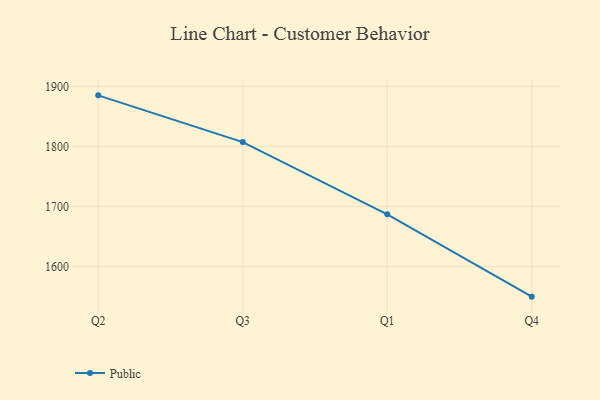
{"axis": {"x": "Quarter", "y": "Tickets Resolved"}, "legend": ["Public"], "data": [{"x": "Q2", "y": 1885.0, "type": "Public"}, {"x": "Q3", "y": 1807.1, "type": "Public"}, {"x": "Q1", "y": 1686.8, "type": "Public"}, {"x": "Q4", "y": 1549.5, "type": "Public"}]}